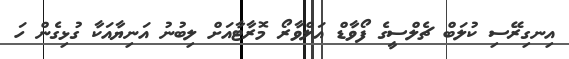
އިނގިރޭސި ކުލަބް ޗެލްސީގެ ފޯވާޑް އަލްވާރޯ މޮރާޓާއަށް ލިބުނު އަނިޔާއަކާ ގުޅިގެން ހަ